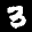
Label: 3